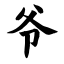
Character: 爷